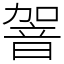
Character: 䪪